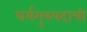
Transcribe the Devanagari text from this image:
धर्मगुरुपदाची